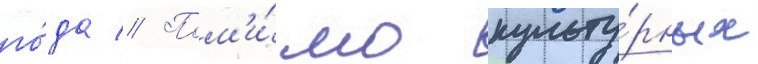
го́да // Пом'и́мо культу́рных